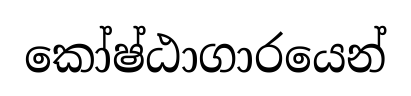
කෝෂ්ඨාගාරයෙන්